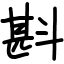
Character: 斟